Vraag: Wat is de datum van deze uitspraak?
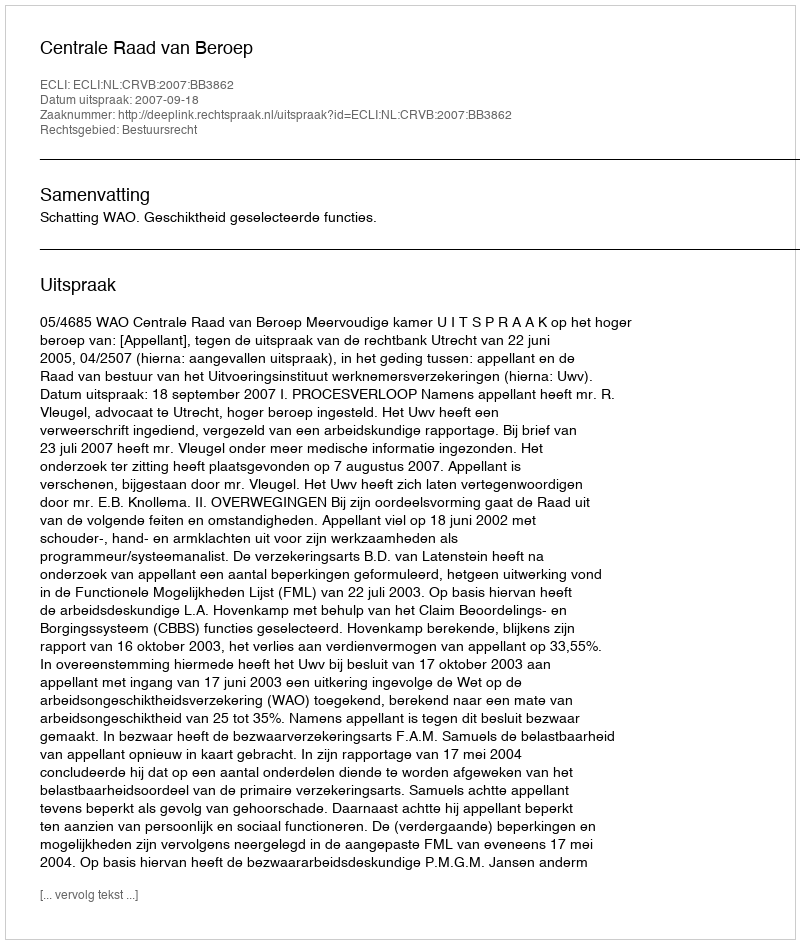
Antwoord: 2007-09-18